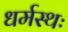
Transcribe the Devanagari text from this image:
धर्मस्थः